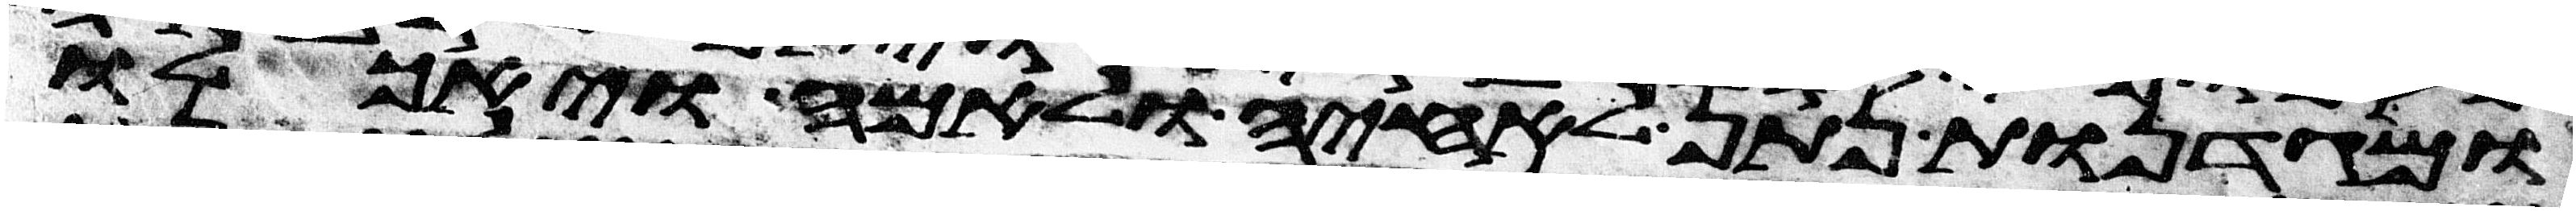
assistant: ומגדנות נתן לאחיה ולאמה ויאכלו